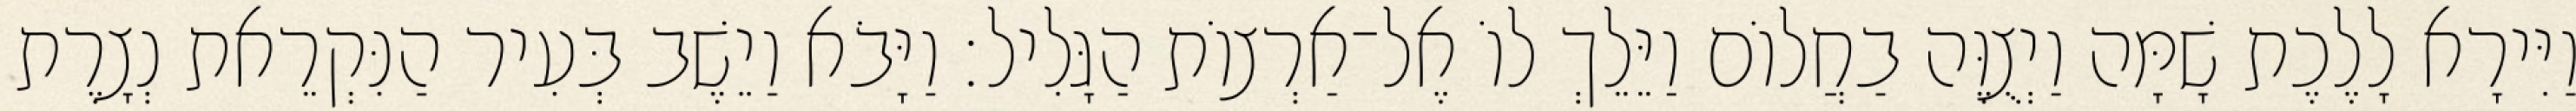
וַיִּירָא לָלֶכֶת שָׁמָּה וַיְצֻוֶּה בַחֲלוֹם וַיֵּלֵךְ לוֹ אֶל־אַרְצוֹת הַגָּלִיל׃ וַיָּבֹא וַיֵשֶׁב בְּעִיר הַנִּקְרֵאת נְצָרֶת